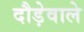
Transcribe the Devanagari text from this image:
दौड़ेवाले